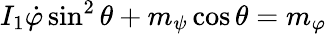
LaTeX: I_{1}\dot{\varphi}\sin^{2}\theta+m_{\psi}\cos\theta=m_{\varphi}